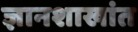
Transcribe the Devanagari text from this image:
ज्ञानशाखांत